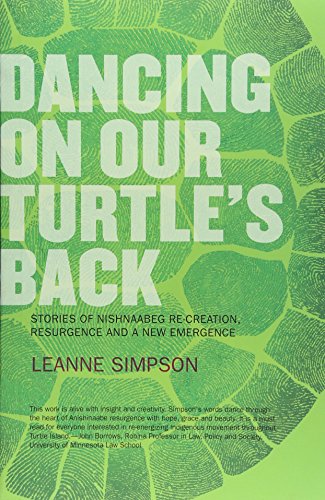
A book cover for Dancing On Our Turtle's Back: Stories of Nishnaabeg Re-Creation, Resurgence, and a New Emergence; Leanne Simpson; History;